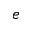
e